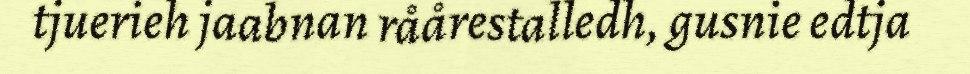
tjuerieh jaabnan råårestalledh, gusnie edtja